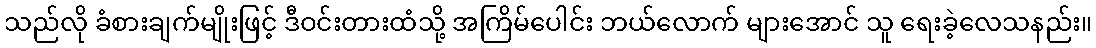
သည်လို ခံစားချက်မျိုးဖြင့် ဒီဝင်းတားထံသို့ အကြိမ်ပေါင်း ဘယ်လောက် များအောင် သူ ရေးခဲ့လေသနည်း။